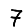
Digit: 7